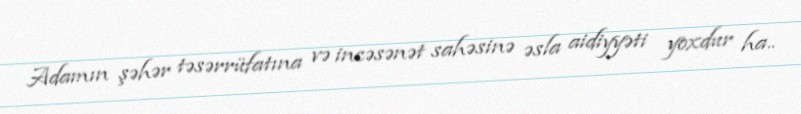
Adamın şəhər təsərrüfatına və incəsənət sahəsinə əsla aidiyyəti yoxdur ha..